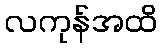
လကုန်အထိ